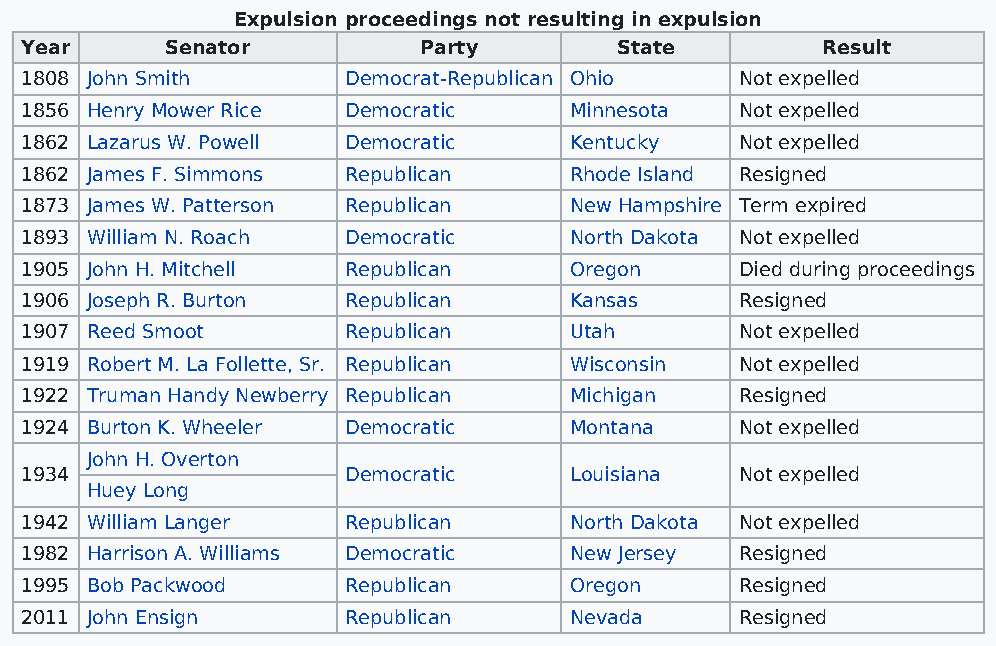
Expulsion proceedings not resulting in expulsion
 Year      Senator          Party        State        Result
 1808 John Smith       Democrat-Republican Ohio  Not expelled
 1856 Henry Mower Rice Democratic     Minnesota  Not expelled
 1862 Lazarus W. Powell Democratic    Kentucky   Not expelled
 1862 James F. Simmons Republican     Rhode Island Resigned
 1873 James W. Patterson Republican   New Hampshire Term expired
 1893 William N. Roach Democratic     North Dakota Not expelled
 1905 John H. Mitchell Republican     Oregon     Died during proceedings
 1906 Joseph R. Burton Republican     Kansas     Resigned
 1907 Reed Smoot       Republican     Utah       Not expelled
 1919 Robert M. La Follette, Sr. Republican Wisconsin Not expelled
 1922 Truman Handy Newberry Republican Michigan  Resigned
 1924 Burton K. Wheeler Democratic    Montana    Not expelled
 John H. Overton
 1934                  Democratic     Louisiana  Not expelled
 Huey Long
 1942 William Langer   Republican     North Dakota Not expelled
 1982 Harrison A. Williams Democratic New Jersey Resigned
 1995 Bob Packwood     Republican     Oregon     Resigned
 2011 John Ensign      Republican     Nevada     Resigned